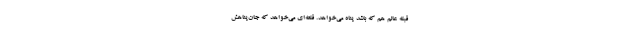
قبله عالم هم که باشد پناه می‌خواهد. قلعه‌ای می‌خواهد که جان‌پناهش